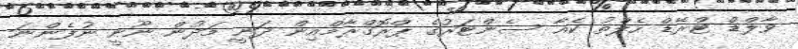
ވާލްޑް ޓްރޭޑް ހެލްތު ކެއާ ސެންޓަރުގެ ޕްރޮގްރާމްއިން ދަނީ މަދުން ނޫނީ ނުފެންނަ